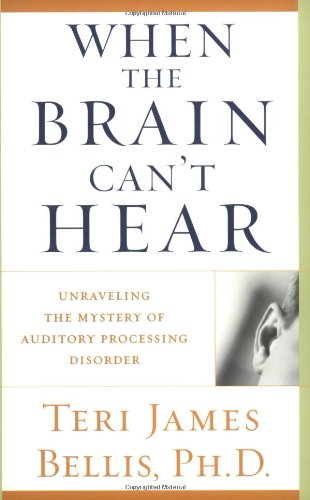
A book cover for When the Brain Can't Hear: Unraveling the Mystery of Auditory Processing Disorder; Ph.d. Teri James Bellis; Health, Fitness & Dieting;